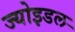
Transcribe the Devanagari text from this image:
ज्योइडल